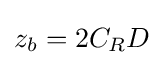
z_{b}=2C_{R}D